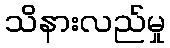
သိနားလည်မှု